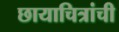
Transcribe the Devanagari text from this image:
छायाचित्रांची